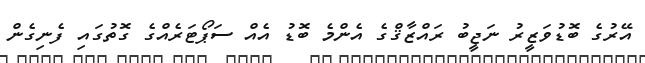
އޭރުގެ ބޮޑުވަޒީރު ނަޖީބު ރައްޒާޤްގެ އެންމެ ބޮޑު އެއް ސަޕޯޓަރެއްގެ ގޮތުގައި ފެނިގެން